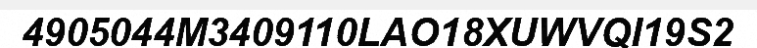
4905044M3409110LAO18XUWVQI19S2